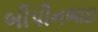
બીપીનભાઇ